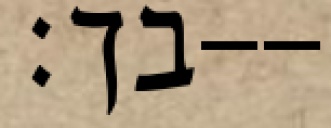
בך׃--